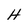
Character: H